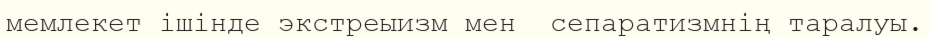
мемлекет ішінде экстреыизм мен  сепаратизмнің таралуы.